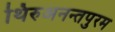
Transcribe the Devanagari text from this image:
थिरुअनन्तपुरम